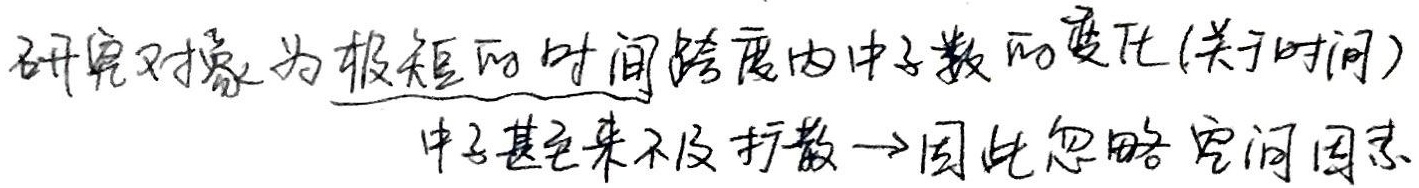
研究对象为极短的时间跨度内中子数的变化(关于时间)，中子甚至来不及扩散→因此忽略空间因素